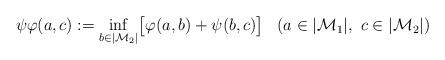
LaTeX: \begin{align*}\begin{aligned}\psi\varphi(a, c) &:= \inf_{b \in |\mathcal{M}_2|} \bigl[\varphi(a, b) + \psi(b, c)\bigr] & (a \in |\mathcal{M}_1|, \ c \in |\mathcal{M}_2|) \end{aligned}\end{align*}